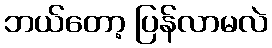
ဘယ်တော့ ပြန်လာမလဲ